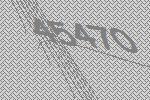
45470